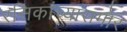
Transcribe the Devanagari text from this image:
रसिकांच्यासमोर